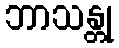
ဘာသန္တု